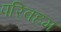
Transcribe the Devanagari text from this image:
परिवहम